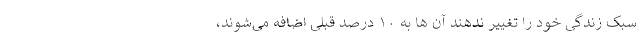
سبک زندگی خود را تغییر ندهند آن ها به ۱۰ درصد قبلی اضافه می‌شوند،